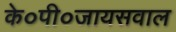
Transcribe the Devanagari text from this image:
के०पी०जायसवाल